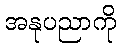
အနုပညာကို